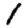
Digit: 1